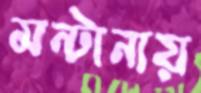
মন্টানায়